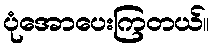
ပုံအောပေးကြတယ်။